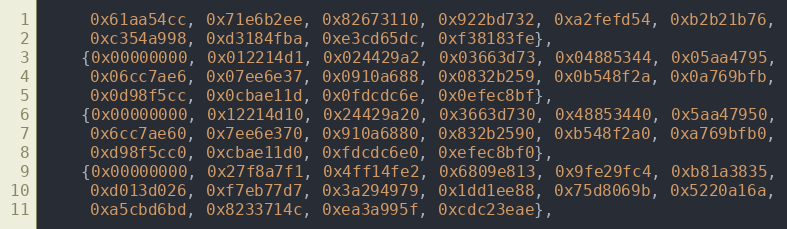
Language: C++
     0x61aa54cc, 0x71e6b2ee, 0x82673110, 0x922bd732, 0xa2fefd54, 0xb2b21b76,
     0xc354a998, 0xd3184fba, 0xe3cd65dc, 0xf38183fe},
    {0x00000000, 0x012214d1, 0x024429a2, 0x03663d73, 0x04885344, 0x05aa4795,
     0x06cc7ae6, 0x07ee6e37, 0x0910a688, 0x0832b259, 0x0b548f2a, 0x0a769bfb,
     0x0d98f5cc, 0x0cbae11d, 0x0fdcdc6e, 0x0efec8bf},
    {0x00000000, 0x12214d10, 0x24429a20, 0x3663d730, 0x48853440, 0x5aa47950,
     0x6cc7ae60, 0x7ee6e370, 0x910a6880, 0x832b2590, 0xb548f2a0, 0xa769bfb0,
     0xd98f5cc0, 0xcbae11d0, 0xfdcdc6e0, 0xefec8bf0},
    {0x00000000, 0x27f8a7f1, 0x4ff14fe2, 0x6809e813, 0x9fe29fc4, 0xb81a3835,
     0xd013d026, 0xf7eb77d7, 0x3a294979, 0x1dd1ee88, 0x75d8069b, 0x5220a16a,
     0xa5cbd6bd, 0x8233714c, 0xea3a995f, 0xcdc23eae},